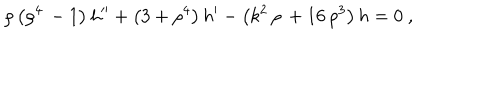
\rho \left( { \rho ^ { 4 } } \, - 1 \right) h ^ { \prime \prime } + \left( 3 + { \rho ^ { 4 } } \right) h ^ { \prime } - \left( { k ^ { 2 } } \, \rho \, + 1 6 \, { \rho ^ { 3 } } \right) h = 0 ~ ,